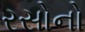
રસોનો